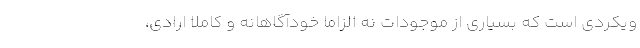
ويكردي است كه بسياري از موجودات نه الزاما خودآگاهانه و كاملا ارادي،